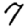
Digit: 7